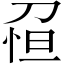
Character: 𠝗